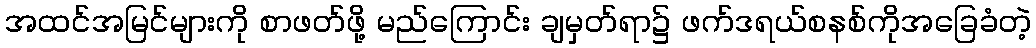
အထင်အမြင်များကို စာဖတ်ဖို့ မည်ကြောင်း ချမှတ်ရာ၌ ဖက်ဒရယ်စနစ်ကိုအခြေခံတဲ့